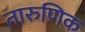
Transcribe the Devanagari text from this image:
तारुणिक